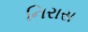
નિરાસ